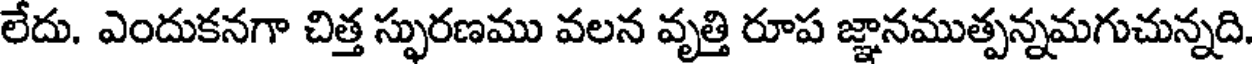
లేదు. ఎందుకనగా చిత్త స్ఫురణము వలన వృత్తి రూప జ్ఞానముత్పన్నమగుచున్నది